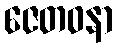
ဇေတဝနာ